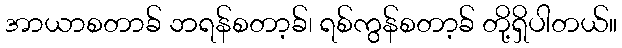
အာယာစတာခ် ဘရန်စတာ့ခ်၊ ရစ်ကွန်စတာ့ခ် တို့ရှိပါတယ်။